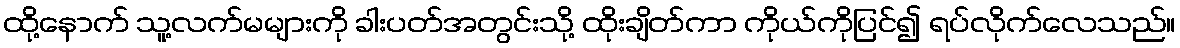
ထို့နောက် သူ့လက်မများကို ခါးပတ်အတွင်းသို့ ထိုးချိတ်ကာ ကိုယ်ကိုပြင်၍ ရပ်လိုက်လေသည်။